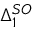
\Delta _ { 1 } ^ { S O }